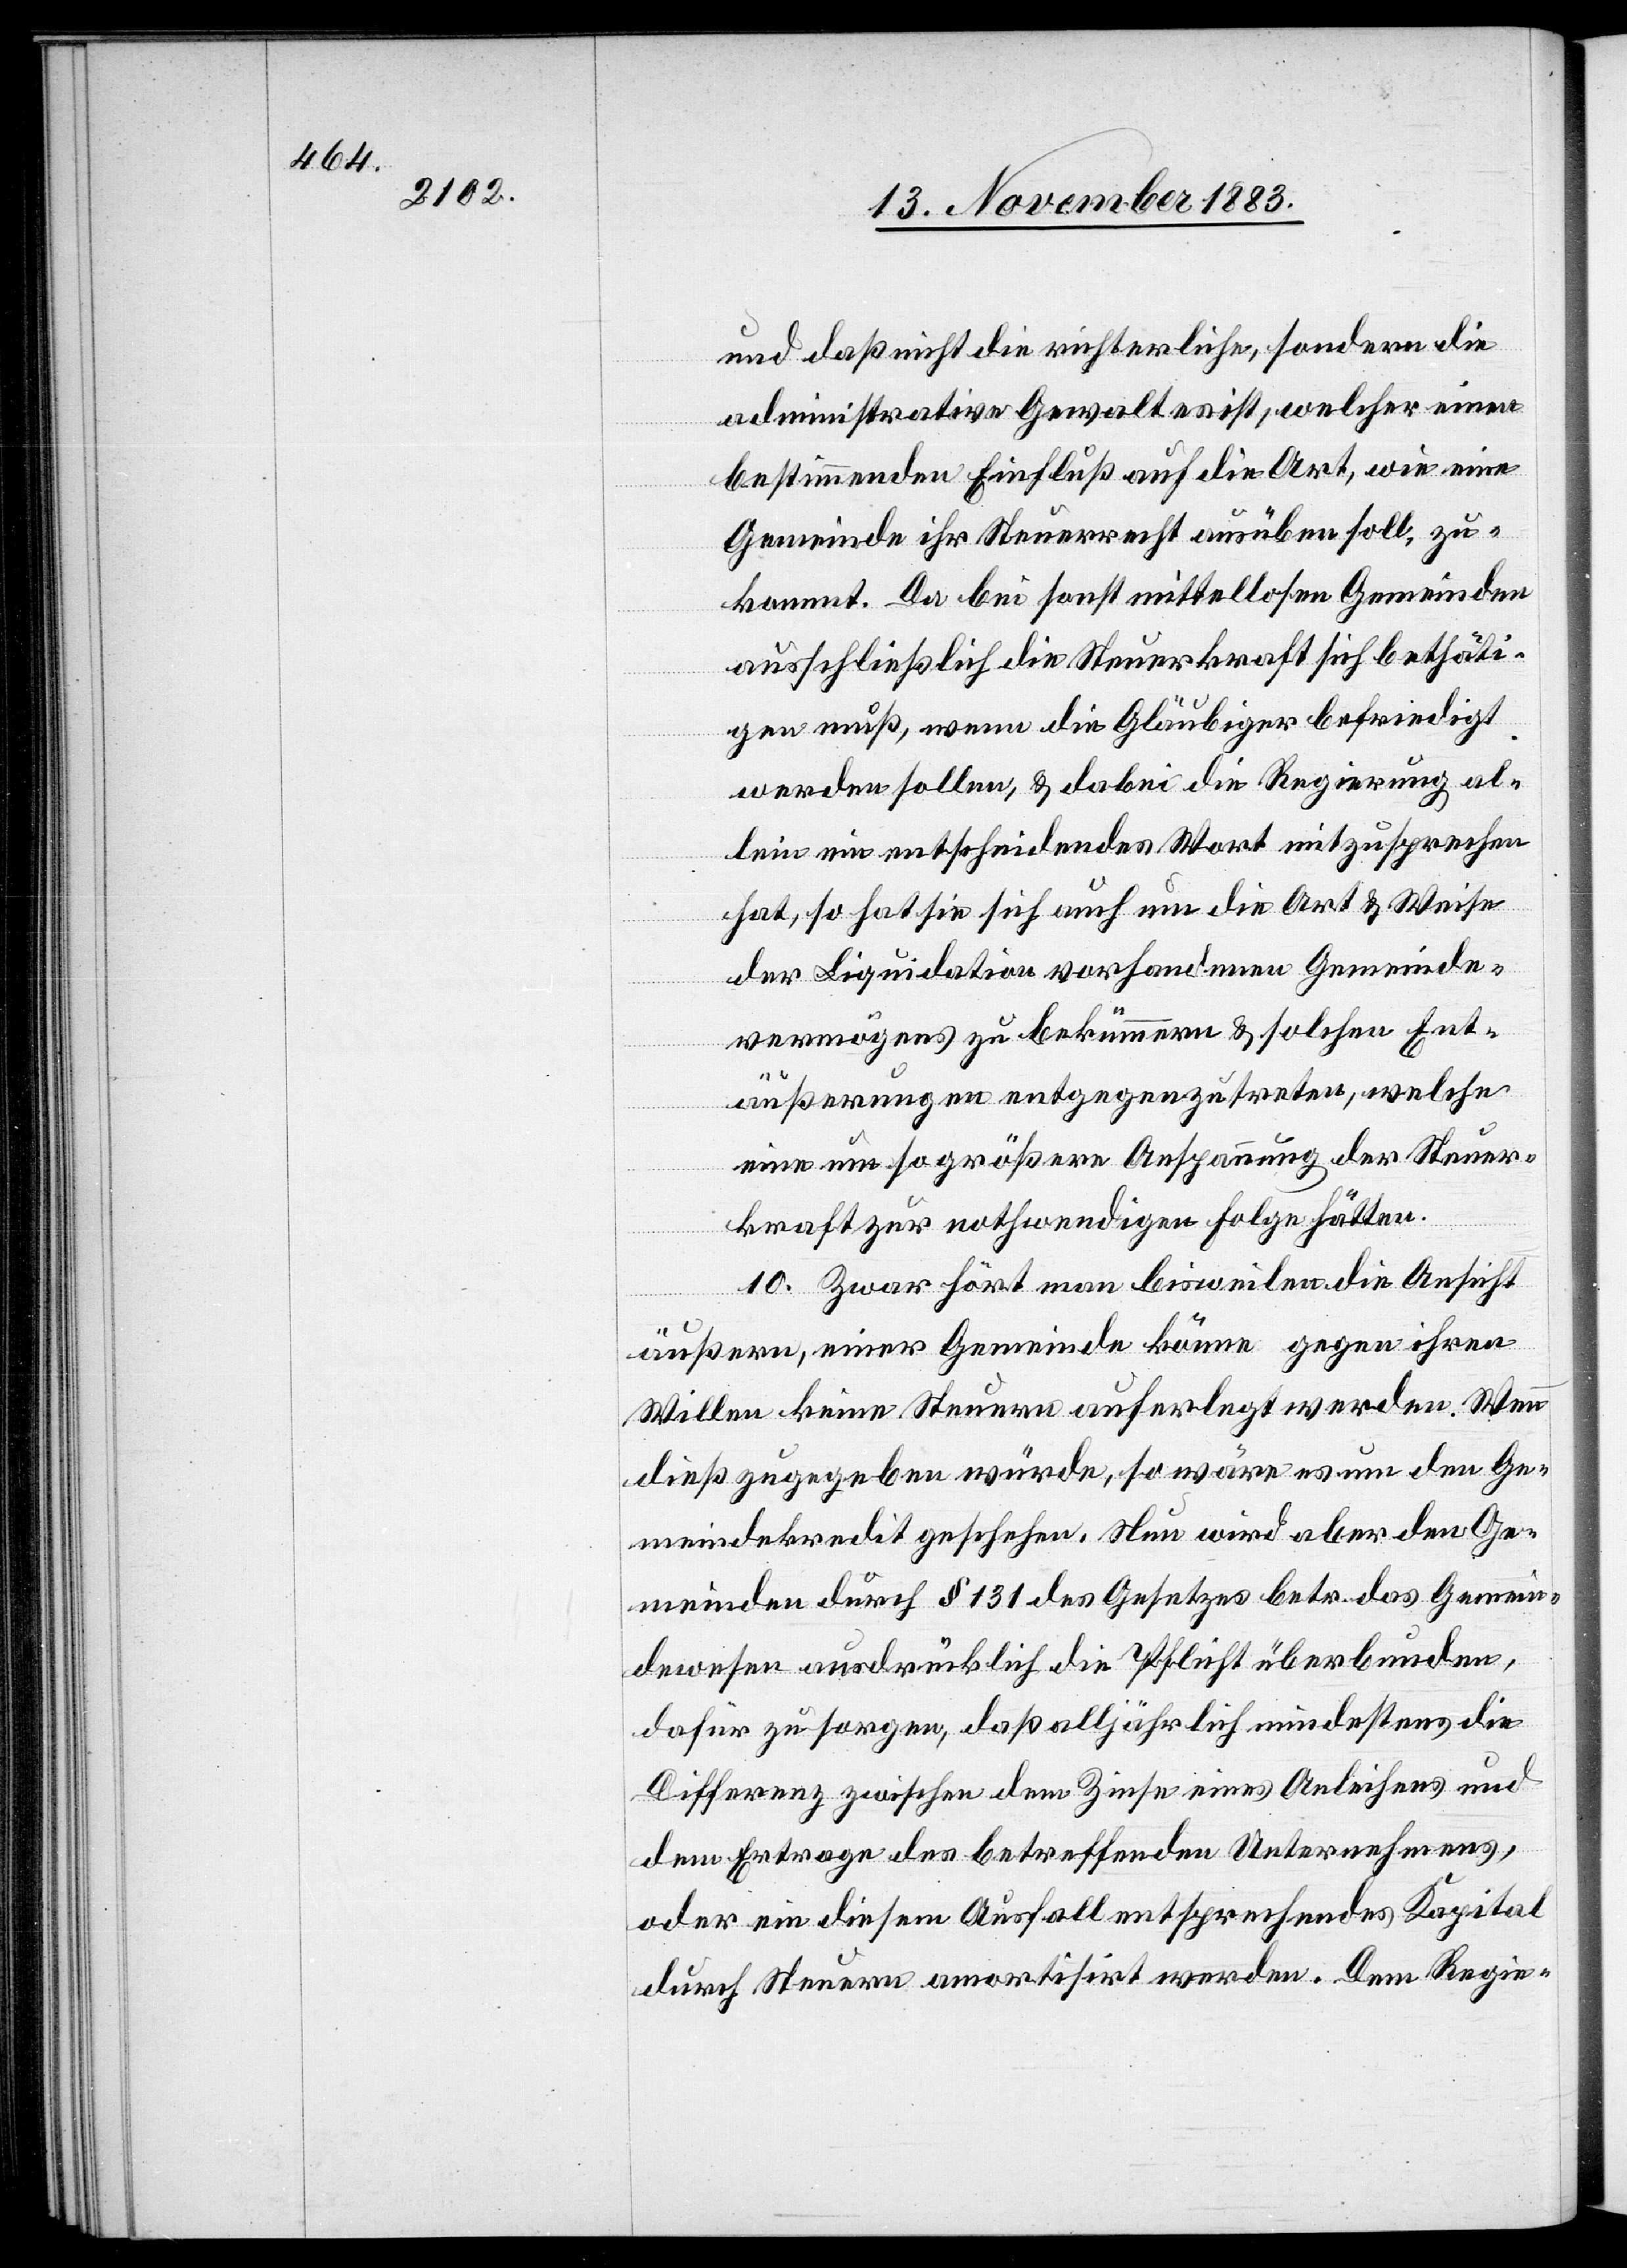
und daß nicht die richterliche, sondern die
administrative Gewalt es ist, welcher einen
bestimmenden Einfluß auf die Art, wie eine
Gemeinde ihr Steuerrecht ausüben soll, zu¬
kommt. Da bei sonst mittellosen Gemeinden
ausschließlich die Steuerkraft sich bethäti¬
gen muß, wenn die Gläubiger befriedigt
werden sollen, & dabei die Regierung al¬
lein ein entscheidendes Wort mitzusprechen
hat, so hat sie sich auch um die Art & Weise
der Liquidation vorhandenen Gemeinde¬
vermögens zu bekümmern & solchen Ent¬
äußerungen entgegenzutreten, welche
eine um so größere Anspannung der Steuer¬
kraft zur nothwendigen Folge hätten.
10. Zwar hört man bisweilen die Ansicht
äußern, einer Gemeinde könne gegen ihren
Willen keine Steuern auferlegt werden. Wenn
dieß zugegeben würde, so wäre es um den Ge¬
meindekredit geschehen. Neu wird aber den Ge¬
meinden durch § 131 des Gesetzes betr. das Gemein¬
dewesen ausdrücklich die Pflicht überbunden,
dafür zu sorgen, daß alljährlich mindestens die
Differenz zwischen dem Zinse eines Anleihens und
dem Ertrage des betreffenden Unternehmens,
oder ein diesem Ausfall entsprechendes Kapital
durch Steuern amortisirt werden. Dem Regie-